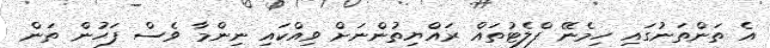
އެ ތަންތަނުގައި ހިމެނޭ ފްލެޓުތައް ރައްޔިތުންނަށް ވިއްކައި ނިންމާ ވެސް ފަހުން ތަން